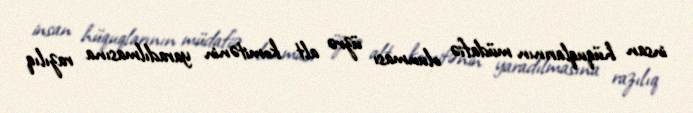
insan hüquqlarının müdafiə olunması üzrə alt komitənin yaradılmasına razılıq